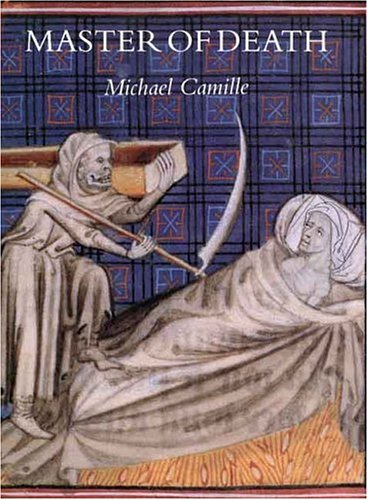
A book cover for Master of Death; Michael Camille; Arts & Photography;